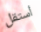
أستقل